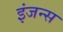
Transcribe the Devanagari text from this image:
इंजन्स